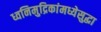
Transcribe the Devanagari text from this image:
ध्वनिमुद्रिकांमध्येसुद्धा